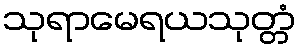
သုရာမေရယသုတ္တံ